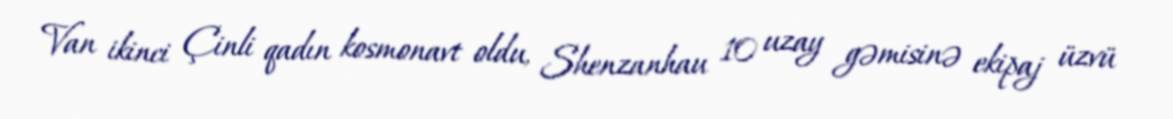
Van ikinci Çinli qadın kosmonavt oldu, Shenzanhau 10 uzay gəmisinə ekipaj üzvü